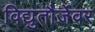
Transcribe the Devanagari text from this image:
विद्युतौर्जेवर